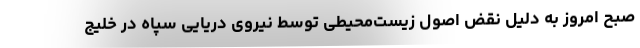
صبح امروز به دلیل نقض اصول زیست‌محیطی توسط نیروی دریایی سپاه در خلیج